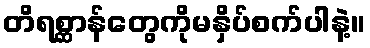
တိရစ္ဆာန်တွေကိုမနှိပ်စက်ပါနဲ့။